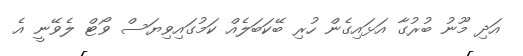
އަދި މޫނު ބުރުގާ އަޅައިގެން ހުރި ބޭކަބަލެއް ކަމުގައިވިޔަސް ވޯޓް ލެވޭނީ އެ